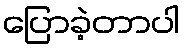
ပြောခဲ့တာပါ